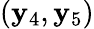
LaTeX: (\mathbf{y}_{4},\mathbf{y}_{5})